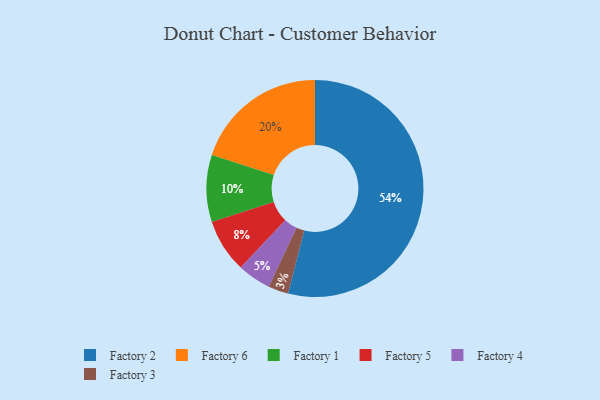
{"axis": {"x": "Category", "y": "Percentage"}, "legend": ["Factory 1", "Factory 2", "Factory 3", "Factory 4", "Factory 5", "Factory 6"], "data": [{"x": "Factory 3", "y": 3, "type": "Factory 3"}, {"x": "Factory 1", "y": 10, "type": "Factory 1"}, {"x": "Factory 6", "y": 20, "type": "Factory 6"}, {"x": "Factory 5", "y": 8, "type": "Factory 5"}, {"x": "Factory 2", "y": 54, "type": "Factory 2"}, {"x": "Factory 4", "y": 5, "type": "Factory 4"}]}